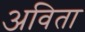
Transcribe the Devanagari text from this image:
अविता